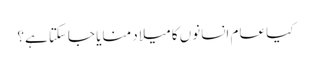
کیا عام انسانوں کا میلاد منایا جاسکتا ہے؟